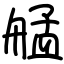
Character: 艋